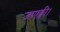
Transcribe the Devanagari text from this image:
जाएङ्गी।